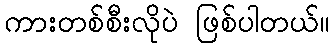
ကားတစ်စီးလိုပဲ ဖြစ်ပါတယ်။